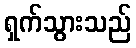
ရှက်သွားသည်